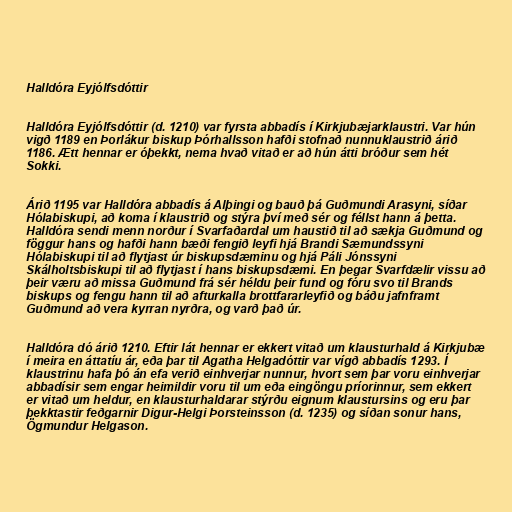
Halldóra Eyjólfsdóttir

Halldóra Eyjólfsdóttir (d. 1210) var fyrsta abbadís í Kirkjubæjarklaustri. Var hún
vigð 1189 en Þorlákur biskup Þórhallsson hafði stofnað nunnuklaustrið árið
1186. Ætt hennar er óþekkt, nema hvað vitað er að hún átti bróður sem hét
Sokki.

Árið 1195 var Halldóra abbadís á Alþingi og bauð þá Guðmundi Arasyni, síðar
Hólabiskupi, að koma í klaustrið og stýra því með sér og féllst hann á þetta.
Halldóra sendi menn norður í Svarfaðardal um haustið til að sækja Guðmund og
föggur hans og hafði hann bæði fengið leyfi hjá Brandi Sæmundssyni
Hólabiskupi til að flytjast úr biskupsdæminu og hjá Páli Jónssyni
Skálholtsbiskupi til að flytjast í hans biskupsdæmi. En þegar Svarfdælir vissu að
þeir væru að missa Guðmund frá sér héldu þeir fund og fóru svo til Brands
biskups og fengu hann til að afturkalla brottfararleyfið og báðu jafnframt
Guðmund að vera kyrran nyrðra, og varð það úr.

Halldóra dó árið 1210. Eftir lát hennar er ekkert vitað um klausturhald á Kirkjubæ
í meira en áttatíu ár, eða þar til Agatha Helgadóttir var vígð abbadís 1293. Í
klaustrinu hafa þó án efa verið einhverjar nunnur, hvort sem þar voru einhverjar
abbadísir sem engar heimildir voru til um eða eingöngu príorinnur, sem ekkert
er vitað um heldur, en klausturhaldarar stýrðu eignum klaustursins og eru þar
þekktastir feðgarnir Digur-Helgi Þorsteinsson (d. 1235) og síðan sonur hans,
Ögmundur Helgason.